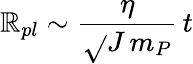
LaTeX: \mathbb{R}_{pl}\sim\frac{{\eta}}{{\sqrt{}{{J\, m_{P}}}}}\, t